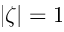
| \zeta | = 1